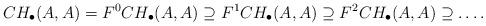
LaTeX: \begin{align*} CH_{\bullet}(A,A) = F^0CH_{\bullet}(A,A) \supseteq F^1CH_{\bullet}(A,A) \supseteq F^2CH_{\bullet}(A,A)\supseteq \dots .\end{align*}